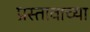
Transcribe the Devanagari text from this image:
प्रस्तावाच्या